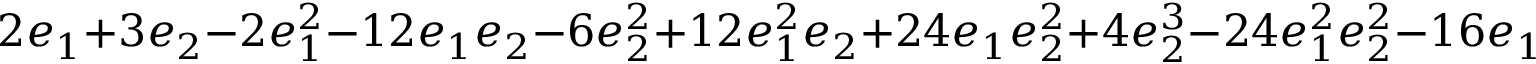
\displaystyle 2 e _ { 1 } + 3 e _ { 2 } - 2 e _ { 1 } ^ { 2 } - 1 2 e _ { 1 } e _ { 2 } - 6 e _ { 2 } ^ { 2 } + 1 2 e _ { 1 } ^ { 2 } e _ { 2 } + 2 4 e _ { 1 } e _ { 2 } ^ { 2 } + 4 e _ { 2 } ^ { 3 } - 2 4 e _ { 1 } ^ { 2 } e _ { 2 } ^ { 2 } - 1 6 e _ { 1 } e _ { 2 } ^ { 3 } + 1 6 e _ { 1 } ^ { 2 } e _ { 2 } ^ { 3 }